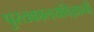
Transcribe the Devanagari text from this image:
पुस्तकालयविज्ञानी